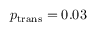
p _ { \mathrm { t r a n s } } = 0 . 0 3